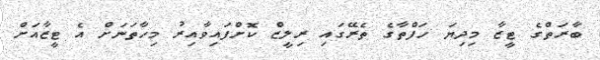
ބާރަތްގެ ޓީޒާ މިދިޔަ ހަފްތާގެ ތެރޭގައި ރިލީޒް ކޮށްފައިވާއިރު މިހާތަނަށް އެ ޓީޒާއަށް